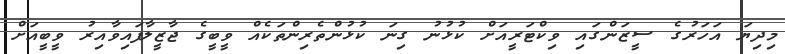
މިދިޔަ އަހަރުގެ ސީޒަންގައި ވިކްޓަރީއަށް ކުޅުނު ގިނަ ކުޅުންތެރިންތަކެއް ވީބީގެ ޖާޒީލާފައިވާއިރު ވީބީއަށް